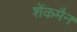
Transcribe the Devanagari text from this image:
शेंकमैन